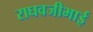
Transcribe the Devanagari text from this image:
राघवजीभाई